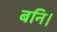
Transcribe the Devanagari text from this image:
बनि।